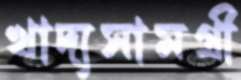
খাদ্যসামগ্রী